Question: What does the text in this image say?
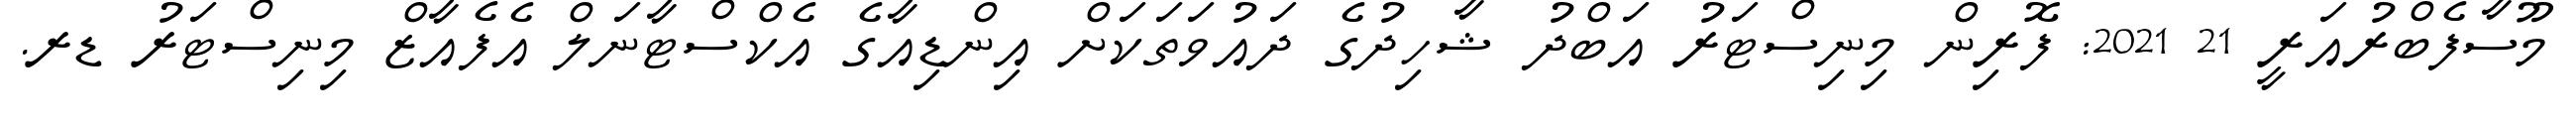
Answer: މޫސާފެބްރުއަރީ 21 2021: ފޮރިން މިނިސްޓަރު އަބްދު ޝާހިދުގެ ދައުވަތަކަށް އިންޑިއާގެ އެކްސްޓާނަލް އެފެއާޒް މިނިސްޓަރު ޑރ.